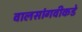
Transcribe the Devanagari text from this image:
वालसांगवीकडे